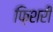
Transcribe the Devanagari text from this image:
फ़िशरी